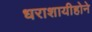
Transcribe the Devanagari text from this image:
धराशायीहोने